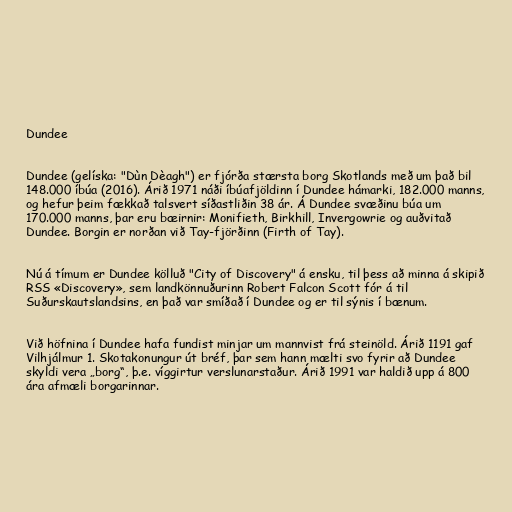
Dundee

Dundee (gelíska: "Dùn Dèagh") er fjórða stærsta borg Skotlands með um það bil
148.000 íbúa (2016). Árið 1971 náði íbúafjöldinn í Dundee hámarki, 182.000 manns,
og hefur þeim fækkað talsvert síðastliðin 38 ár. Á Dundee svæðinu búa um
170.000 manns, þar eru bæirnir: Monifieth, Birkhill, Invergowrie og auðvitað
Dundee. Borgin er norðan við Tay-fjörðinn (Firth of Tay).

Nú á tímum er Dundee kölluð "City of Discovery" á ensku, til þess að minna á skipið
RSS «Discovery», sem landkönnuðurinn Robert Falcon Scott fór á til
Suðurskautslandsins, en það var smíðað í Dundee og er til sýnis í bænum.

Við höfnina í Dundee hafa fundist minjar um mannvist frá steinöld. Árið 1191 gaf
Vilhjálmur 1. Skotakonungur út bréf, þar sem hann mælti svo fyrir að Dundee
skyldi vera „borg“, þ.e. víggirtur verslunarstaður. Árið 1991 var haldið upp á 800
ára afmæli borgarinnar.